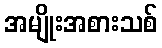
အမျိုးအစားသစ်